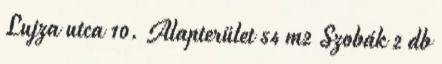
Lujza utca 10. Alapterület 54 m2 Szobák 2 db